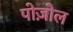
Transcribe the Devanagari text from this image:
पोज़ोल